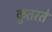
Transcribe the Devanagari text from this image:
कुतरते